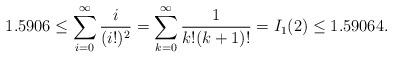
LaTeX: \begin{align*}1.5906 \leq \sum_{i=0}^{\infty}\frac{i}{(i!)^2}=\sum_{k=0}^{\infty}\frac{1}{k!(k+1)!}=I_1(2) \leq 1.59064. \end{align*}